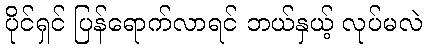
ပိုင်ရှင် ပြန်ရောက်လာရင် ဘယ်နှယ့် လုပ်မလဲ